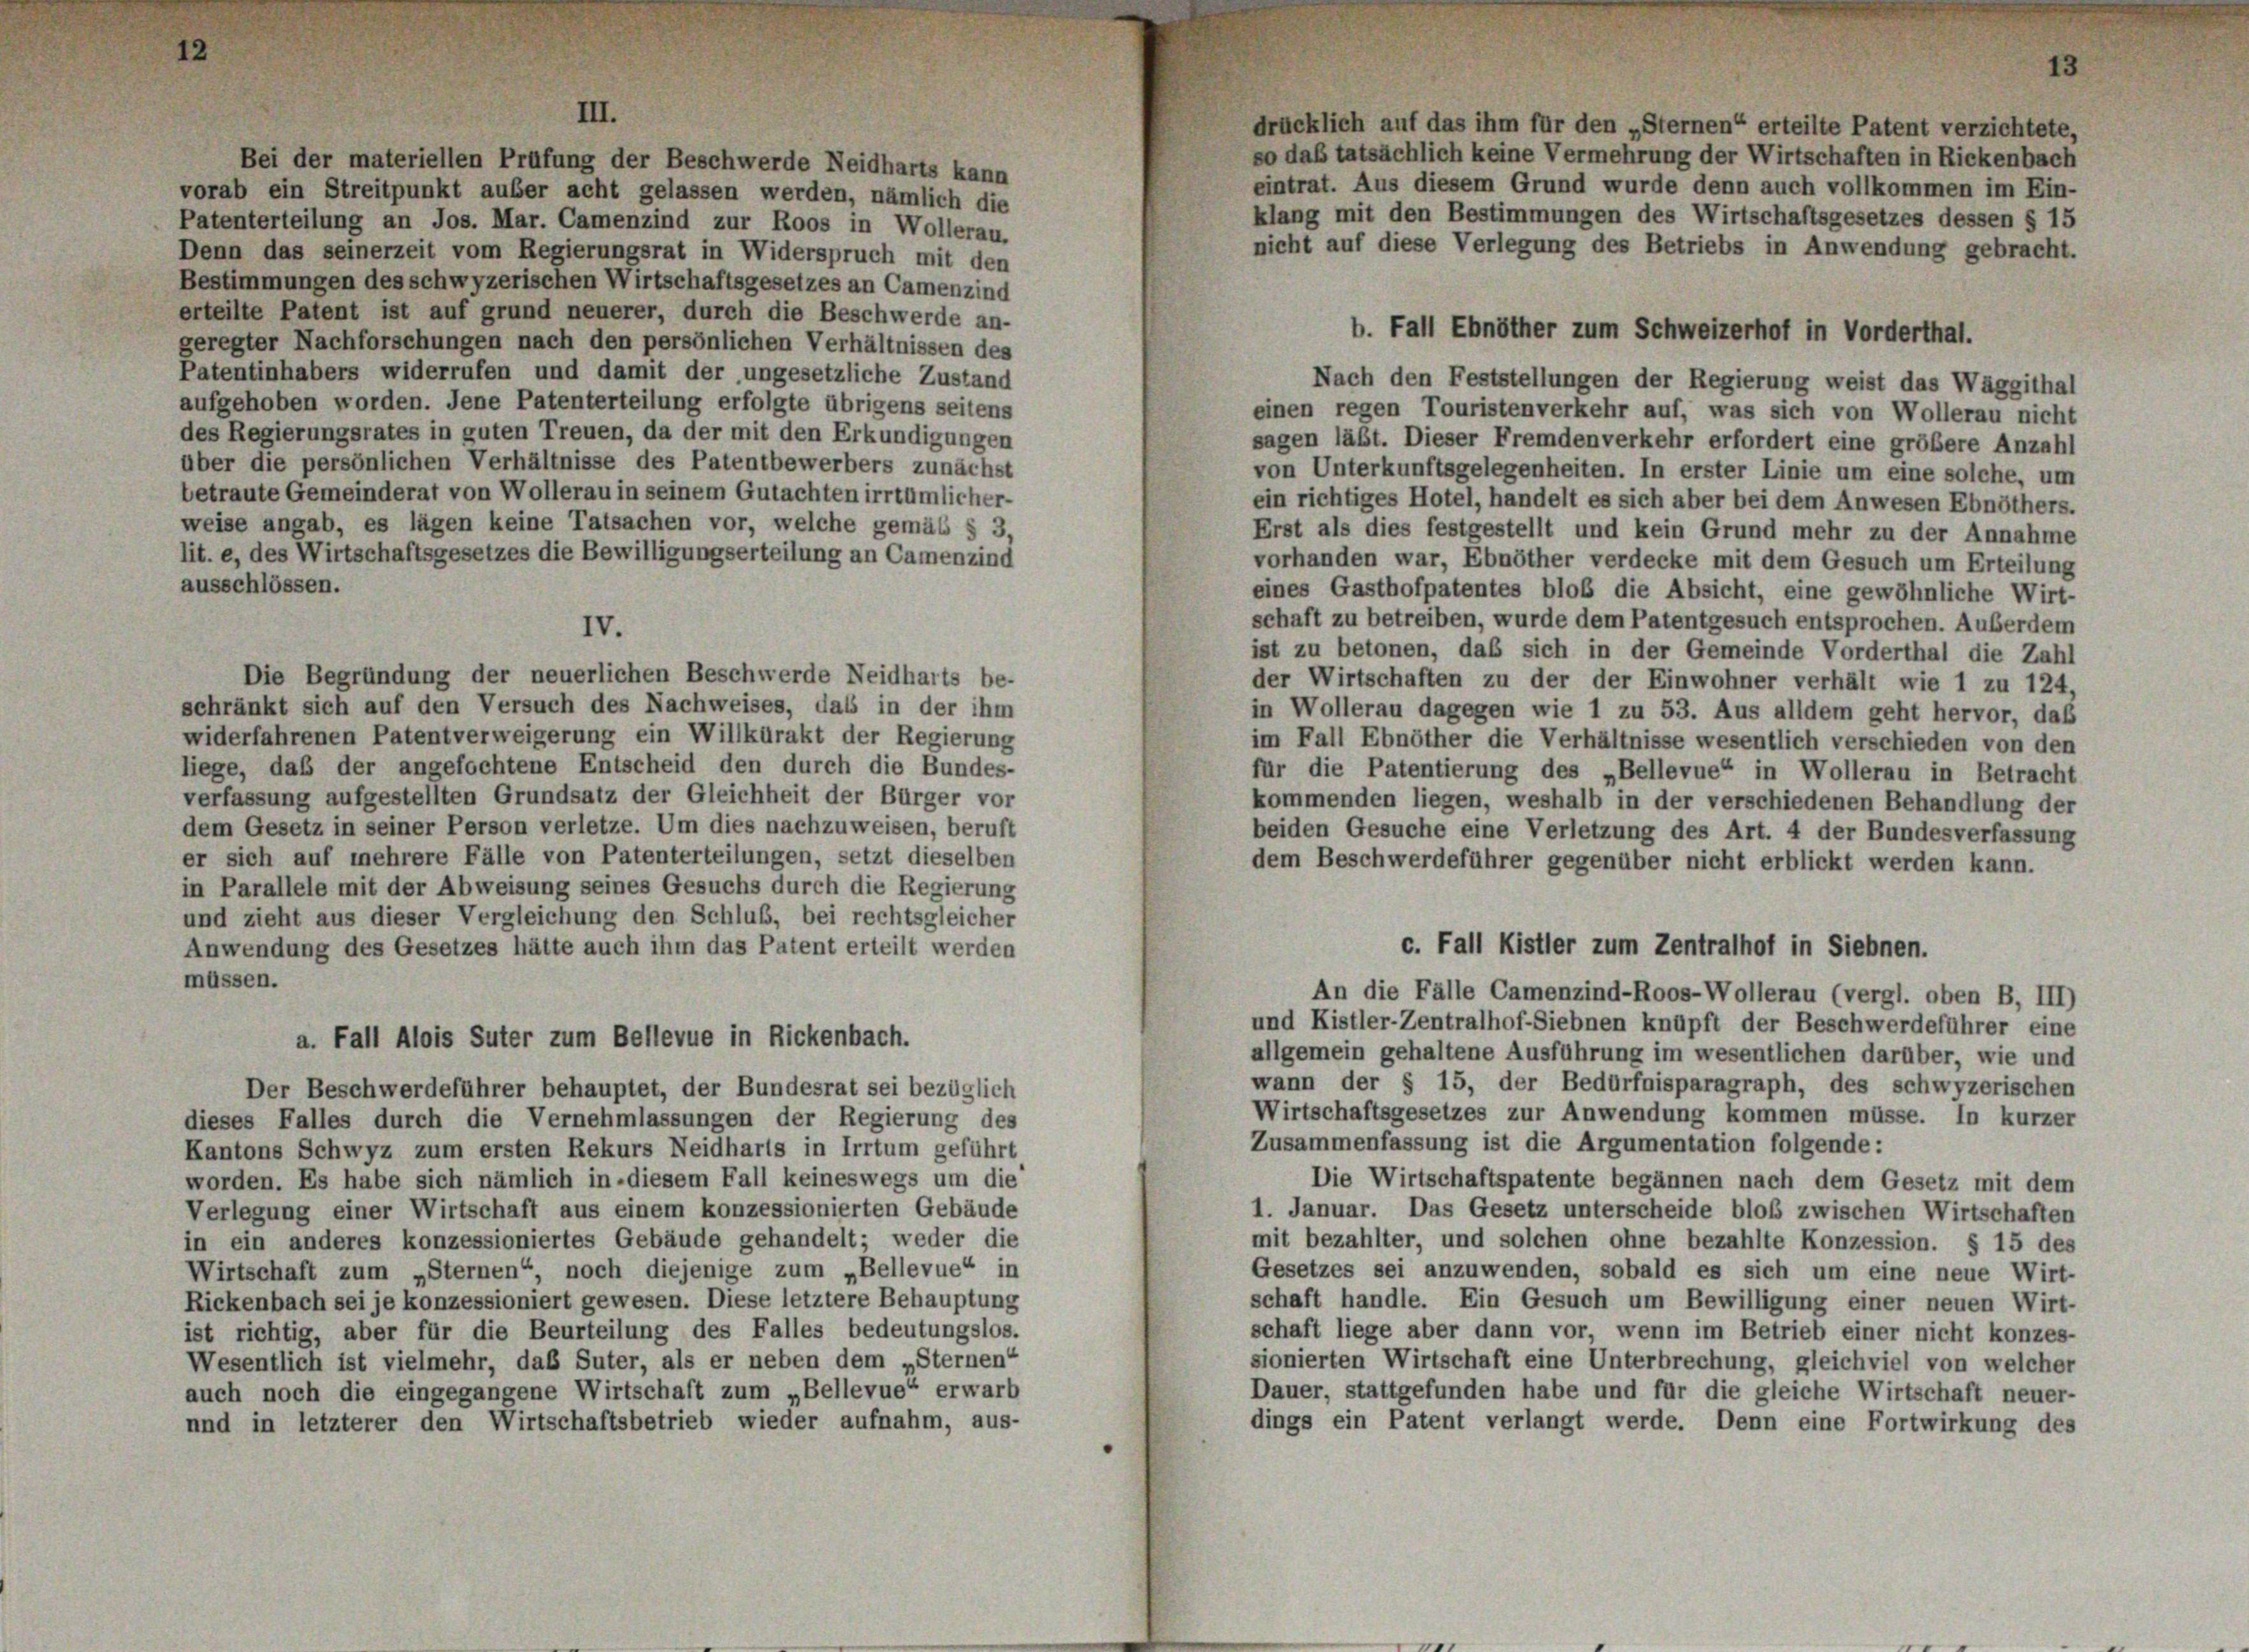
III.
Bei der materiellen Prüfung der Beschwerde Neidharts kann
vorab ein Streitpunkt außer acht gelassen werden, nämlich die
Patenterteilung an Jos. Mar. Camenzind zur Roos in Wollerau,
Denn das seinerzeit vom Regierungsrat in Widerspruch mit den
Bestimmungen des schwyzerischen Wirtschaftsgesetzes an Camenzind
erteilte Patent ist auf grund neuerer, durch die Beschwerde an-
geregter Nachforschungen nach den persönlichen Verhältnissen des
Patentinhabers widerrufen und damit der ungesetzliche Zustand
Nach den Feststellungen der Regierung weist das Waggithal
aufgehoben worden. Jene Patenterteilung erfolgte übrigens seitens
einen regen Touristenverkehr auf, was sich von Wollerau nicht
des Regierungsrates in guten Treuen, da der mit den Erkundigungen
sagen läßt. Dieser Fremdenverkehr erfordert eine größere Anzahl
über die persönlichen Verhältnisse des Patentbewerbers zunächst
von Unterkunftsgelegenheiten. In erster Linie um eine solche, um
betraute Gemeinderat von Wollerau in seinem Gutachten irrtümlicher-
ein richtiges Hotel, handelt es sich aber bei dem Anwesen Ebnöthers.
weise angab, es lägen keine Tatsachen vor, welche gemäß § 3,
Erst als dies festgestellt und kein Grund mehr zu der Annahme
lit. e, des Wirtschaftsgesetzes die Bewilligungserteilung an Camenzind
vorhanden war, Ebnöther verdecke mit dem Gesuch um Erteilung
ausschlossen.
eines Gasthofpatentes bloß die Absicht, eine gewöhnliche Wirt-
schaft zu betreiben, wurde dem Patentgesuch entsprochen. Außerdem
IV.
ist zu betonen, daß sich in der Gemeinde Vorderthal die Zahl
Die Begründung der neuerlichen Beschwerde Neidharts be-
der Wirtschaften zu der der Einwohner verhält wie 1 zu 124,
schränkt sich auf den Versuch des Nachweises, das in der ihm
in Wollerau dagegen wie 1 zu 53. Aus alldem geht hervor, daß
widerfahrenen Patentverweigerung ein Willkürakt der Regierung
im Fall Ebnöther die Verhältnisse wesentlich verschieden von den
liege, daß der angefochtene Entscheid den durch die Bundes-
für die Patentierung des „Bellevue“ in Wollerau in Betracht
verfassung aufgestellten Grundsatz der Gleichheit der Bürger vor
kommenden liegen, weshalb in der verschiedenen Behandlung der
dem Gesetz in seiner Person verletze. Um dies nachzuweisen, beruft
beiden Gesuche eine Verletzung des Art. 4 der Bundesverfassung
er sich auf mehrere Fälle von Patenterteilungen, setzt dieselben
dem Beschwerdeführer gegenüber nicht erblickt werden kann.
in Parallele mit der Abweisung seines Gesuchs durch die Regierung
und zieht aus dieser Vergleichung den Schluß, bei rechtsgleicher
c. Fall Kistler zum Zentralhof in Siebnen.
Anwendung des Gesetzes hätte auch ihm das Patent erteilt werden
müssen.
An die Fälle Camenzind-Roos-Wollerau (vergl. oben B, III)
und Kistler-Zentralhof-Siebnen knüpft der Beschwerdeführer eine
a. Fall Alois Suter zum Bellevue in Rickenbach.
allgemein gehaltene Ausführung im wesentlichen darüber, wie und
wann der § 15, der Bedürfnisparagraph, des schwyzerischen
Der Beschwerdeführer behauptet, der Bundesrat sei bezüglich
Wirtschaftsgesetzes zur Anwendung kommen müsse. In kurzer
dieses Falles durch die Vernehmlassungen der Regierung des
Zusammenfassung ist die Argumentation folgende:
Kantons Schwyz zum ersten Rekurs Neidharts in Irrtum geführt,
Die Wirtschaftspatente begannen nach dem Gesetz mit dem
worden. Es habe sich nämlich in diesem Fall keineswegs um die
Verlegung einer Wirtschaft aus einem konzessionierten Gebäude
1. Januar. Das Gesetz unterscheide bloß zwischen Wirtschaften
in ein anderes konzessioniertes Gebäude gehandelt; weder die
mit bezahlter, und solchen ohne bezahlte Konzession. § 15 des
Wirtschaft zum „Sternen“, noch diejenige zum „Bellevue“ in
Gesetzes sei anzuwenden, sobald es sich um eine neue Wirt-
schaft handle. Ein Gesuch um Bewilligung einer neuen Wirt-
Rickenbach sei je konzessioniert gewesen. Diese letztere Behauptung
schaft liege aber dann vor, wenn im Betrieb einer nicht konzes-
ist richtig, aber für die Beurteilung des Falles bedeutungslos.
sionierten Wirtschaft eine Unterbrechung, gleichviel von welcher
Wesentlich ist vielmehr, daß Suter, als er neben dem „Sternen“
Dauer, stattgefunden habe und für die gleiche Wirtschaft neuer-
auch noch die eingegangene Wirtschaft zum „Bellevue“ erwarb
dings ein Patent verlangt werde. Denn eine Fortwirkung des
und in letzterer den Wirtschaftsbetrieb wieder aufnahm, aus-

drücklich auf das ihm für den „Sternen“ erteilte Patent verzichtete,
so daß tatsächlich keine Vermehrung der Wirtschaften in Rickenbach
eintrat. Aus diesem Grund wurde denn auch vollkommen im Ein-
klang mit den Bestimmungen des Wirtschaftsgesetzes dessen § 15

nicht auf diese Verlegung des Betriebs in Anwendung gebracht.

b. Fall Ebnöther zum Schweizerhof in Vorderthal.